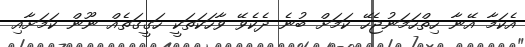
އެކަމާ އޭނާ ހިތްހަމަނުޖެހޭ ކަމަށް ބުނެ ދެކެވޭ ވާހަކަތަކީ ހަގީގަތެއް ނޫން ކަމަށާއި